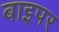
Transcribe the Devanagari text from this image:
बाइपर